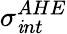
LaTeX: \sigma_{\mathit{i}nt}^{AHE}